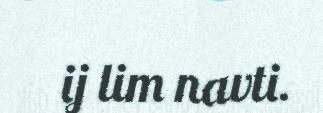
ij lim navti.